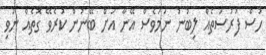
ހުސް ފުރުސަތެއް ލިބުނު ނަމަވެސް އޭނާ އަށް ބޭނުން ކުރެވޭ ގޮތެއް ނުވި